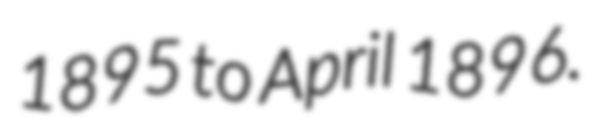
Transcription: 1895 to April 1896.